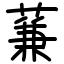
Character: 蒹